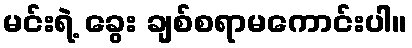
မင်းရဲ့ ခွေး ချစ်စရာမကောင်းပါ။